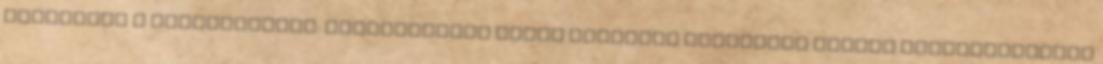
személyek a továbbiakban: Felhasználók által megadott személyes adatok vonatkozásában